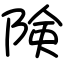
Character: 険